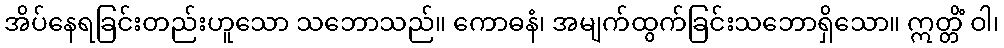
အိပ်နေရခြင်းတည်းဟူသော သဘောသည်။ ကောဓနံ၊ အမျက်ထွက်ခြင်းသဘောရှိသော။ ဣတ္တိံ ဝါ၊